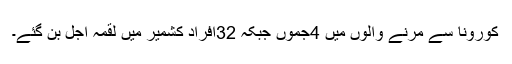
کورونا سے مرنے والوں میں 4جموں جبکہ 32افراد کشمیر میں لقمہ اجل بن گئے۔